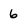
Character: 6